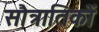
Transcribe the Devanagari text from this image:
सौत्रातिकों